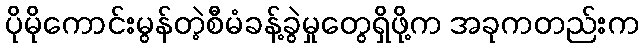
ပိုမိုကောင်းမွန်တဲ့စီမံခန့်ခွဲမှုတွေရှိဖို့က အခုကတည်းက